Civil Veterinary Dept. Assam report 1911-1927 - 1911-1927
Year: 1911
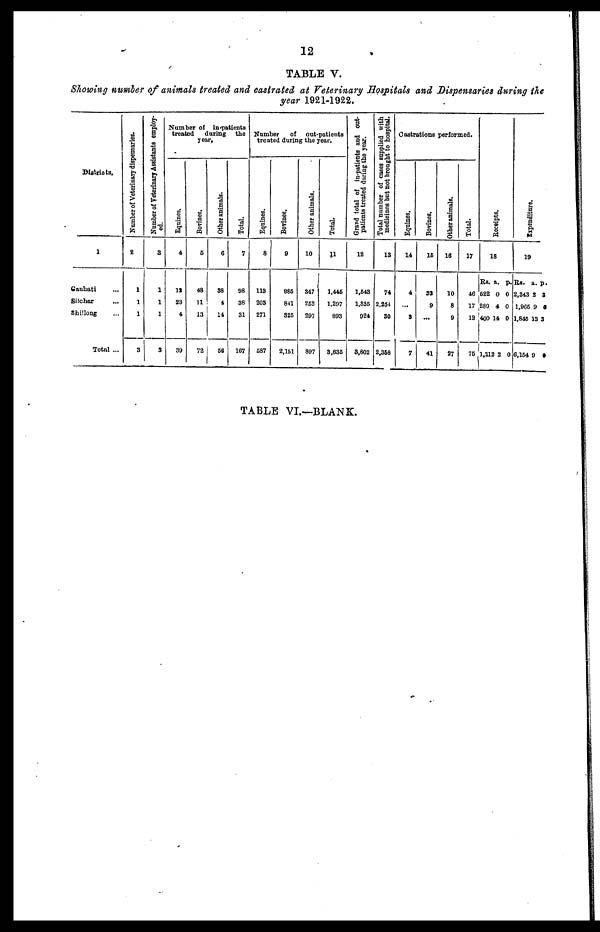
12
TABLE V.
Showing number of animals treated and castrated at Veterinary Hospitals and Dispensaries during the
year 1921-1922.
Districts.
1
Gauhati ...
Silchar ...
Shillong ...
Total ...
Number of Veterinary dispensaries.
2
1
1
1
3
Number of Veterinary Assistants employ-
ed.
3
1
1
1
3
Number of in-patients
treated
during
the
year.
Equines.
4
12
23
4
39
Bovines.
5
48
11
13
72
Other animals.
6
38
4
14
56
Total.
7
98
38
31
167
Number
of
out-patients
treated during the year.
Equines.
8
113
203
271
687
Bovines.
9
985
841
325
2,151
Other animals.
10
347
253
297
897
Total.
11
1,446
1,297
893
3,635
Grand total of in-patients and out-
patients treated during the year.
12
1,643
1,335
024
3,802
Total number of cases supplied with
medicines but not brought to hospital.
13
74
2,254
30
2,358
Castrations performed.
Equines.
14
4
...
3
7
Bovines.
15
33
9
...
41
Other animals.
16
10
8
9
27
Total.
17
46
17
12
75
Recei pt s .
18
Rs.
522
269
400
1,212
a.
0
4
14
2
p.
0
0
0
0
Expendi t
ur e.
19
Rs.
2,343
1,966
1,845
6,154
a.
2
9
13
9
p.
3
0
3
0
TABLE VI.—BLANK.